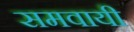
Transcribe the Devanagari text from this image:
समवायी